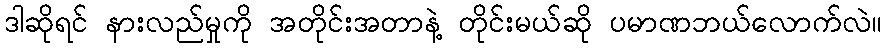
ဒါဆိုရင် နားလည်မှုကို အတိုင်းအတာနဲ့ တိုင်းမယ်ဆို ပမာဏဘယ်လောက်လဲ။